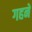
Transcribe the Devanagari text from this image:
गहनें